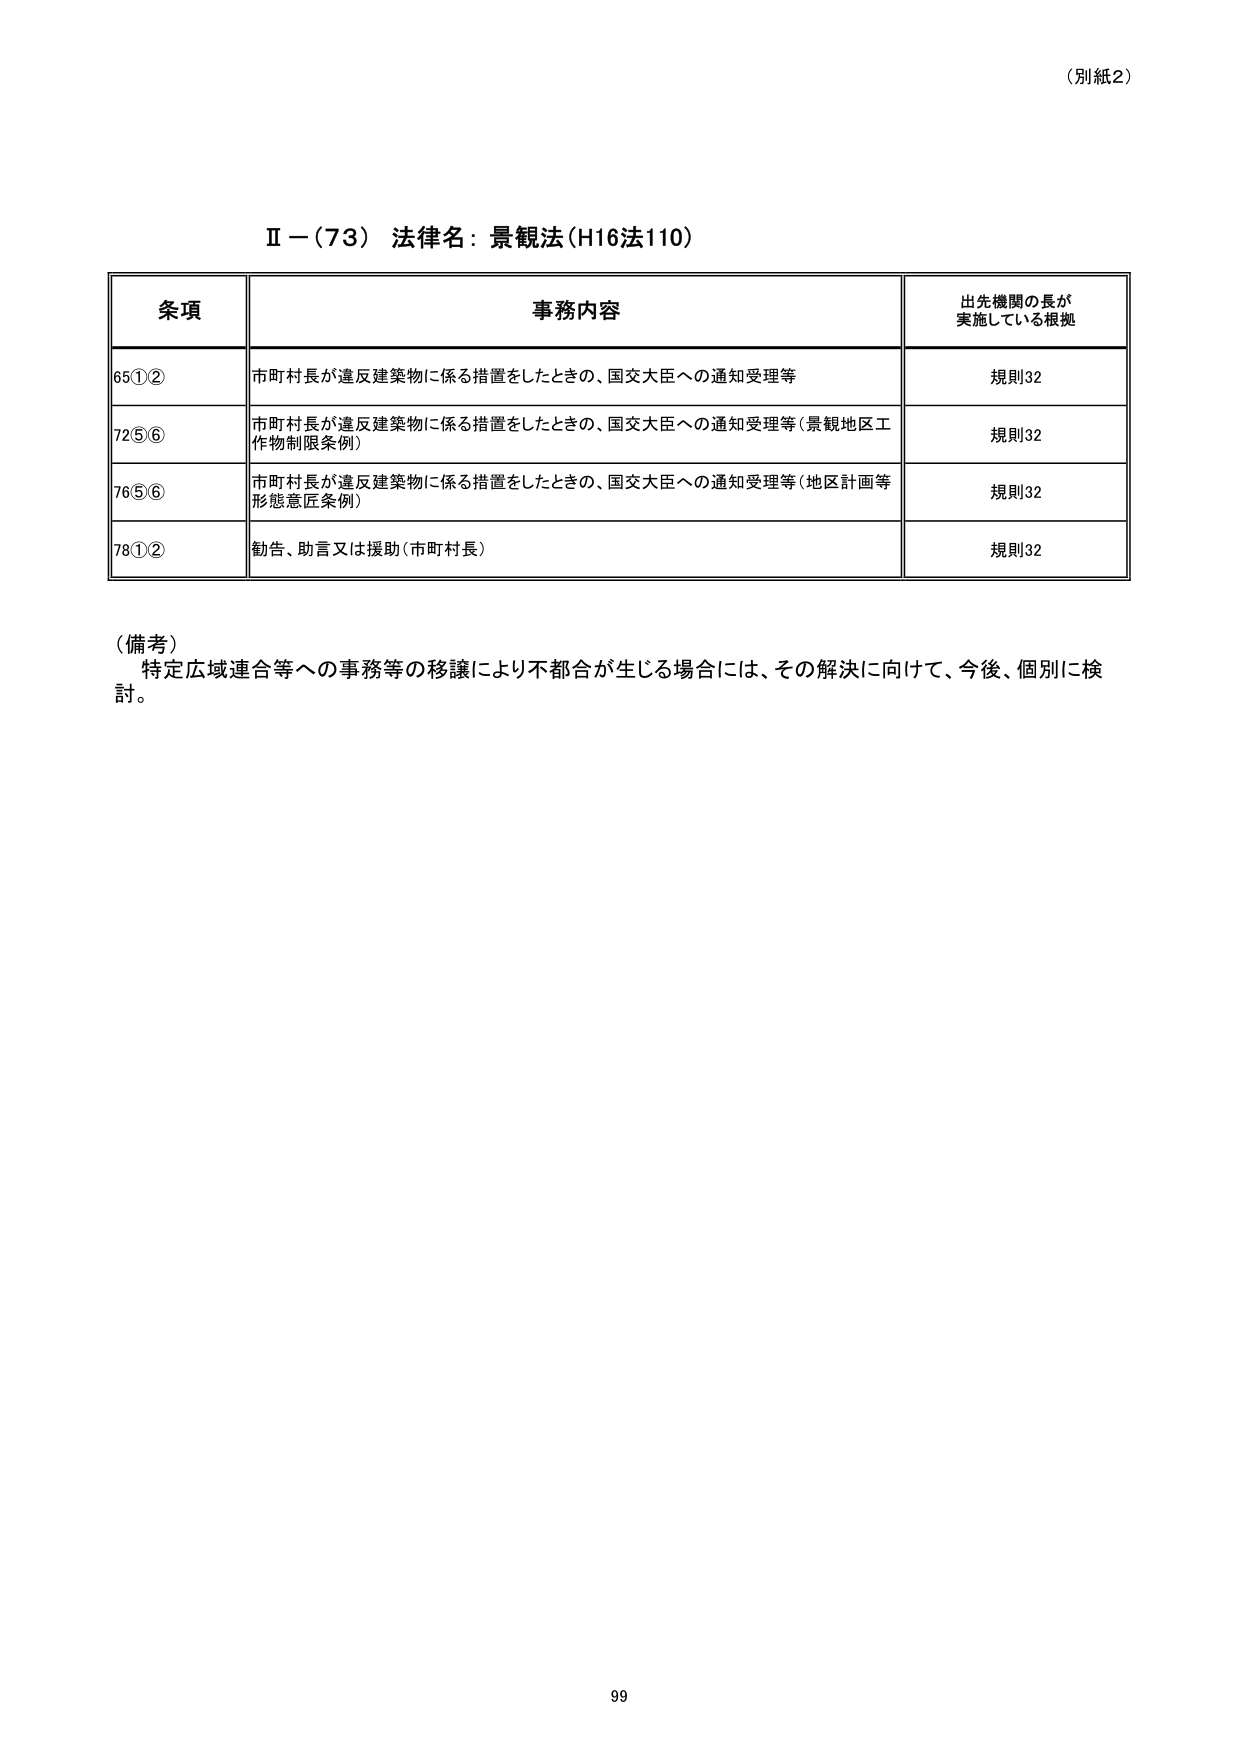
（別紙2）

Ⅱ－（73） 法律名：景観法（H16法110）

条項 事務内容 出先機関の長が 実施している根拠
65①② 市町村長が違反建築物に係る措置をしたときの、国交大臣への通知受理等 規則32
72⑤⑥ 市町村長が違反建築物に係る措置をしたときの、国交大臣への通知受理等（景観地区工作物制限条例） 規則32
76⑤⑥ 市町村長が違反建築物に係る措置をしたときの、国交大臣への通知受理等（地区計画等形態意匠条例） 規則32
78①② 勧告、助言又は援助（市町村長） 規則32

（備考）
特定広域連合等への事務等の移譲により不都合が生じる場合には、その解決に向けて、今後、個別に検討。

99